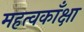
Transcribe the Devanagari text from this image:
महत्वकाँक्षा